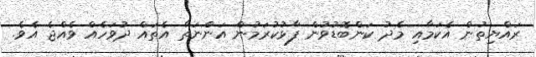
ރައްޔިތުން އެކަމާއި މެދު ކަންބޮޑުވުން ފާޅުކުރަމުން އަންނަތާ އެތައް ދުވަހެއް ވެއްޖެ އެވެ.